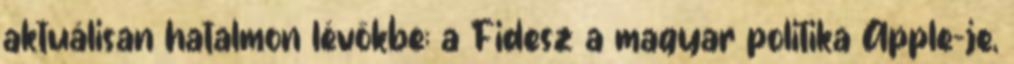
aktuálisan hatalmon lévőkbe; a Fidesz a magyar politika Apple-je,